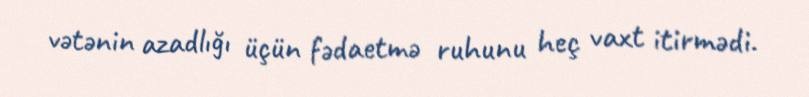
vətənin azadlığı üçün fədaetmə ruhunu heç vaxt itirmədi.